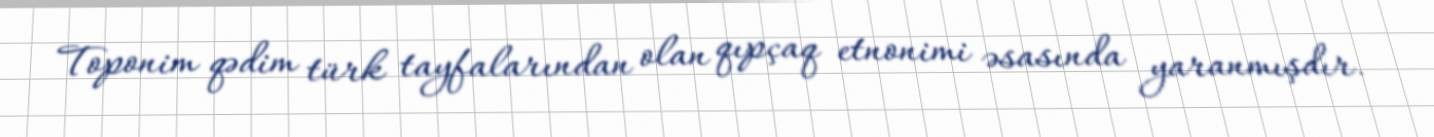
Toponim qədim türk tayfalarından olan qıpçaq etnonimi əsasında yaranmışdır.